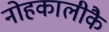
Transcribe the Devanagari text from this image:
नोहकालीकै